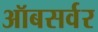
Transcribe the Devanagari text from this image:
ऑबसर्वर